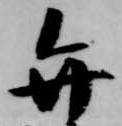
弁